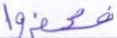
فكفروا